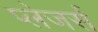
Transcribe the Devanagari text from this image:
प्लेजर्स